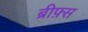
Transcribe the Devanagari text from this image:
ब्रीफ़्स